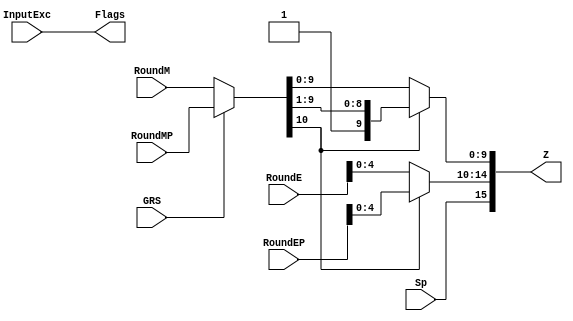
`define BFLOAT16 
`define EXPONENT 8
`define MANTISSA 7
`define EXPONENT 5
`define MANTISSA 10
`define SIGN 1
`define DWIDTH (`SIGN+`EXPONENT+`MANTISSA)
`define AWIDTH 8
`define MEM_SIZE 256
`define MAT_MUL_SIZE 20
`define MASK_WIDTH 20
`define LOG2_MAT_MUL_SIZE 4 
`define BB_MAT_MUL_SIZE `MAT_MUL_SIZE
`define NUM_CYCLES_IN_MAC 3
`define MEM_ACCESS_LATENCY 1
`define ADDR_STRIDE_WIDTH 8

module FPMult_RoundModule(
		RoundM,
		RoundMP,
		RoundE,
		RoundEP,
		Sp,
		GRS,
		InputExc,
		Z,
		Flags
    );

	// Input Ports
	input [`MANTISSA:0] RoundM ;									// Normalized mantissa
	input [`MANTISSA:0] RoundMP ;									// Normalized exponent
	input [`EXPONENT:0] RoundE ;									// Normalized mantissa + 1
	input [`EXPONENT:0] RoundEP ;									// Normalized exponent + 1
	input Sp ;												// Product sign
	input GRS ;
	input [4:0] InputExc ;
	
	// Output Ports
	output [`DWIDTH-1:0] Z ;										// Final product
	output [4:0] Flags ;
	
	// Internal Signals
	wire [`EXPONENT:0] FinalE ;									// Rounded exponent
	wire [`MANTISSA:0] FinalM;
	wire [`MANTISSA:0] PreShiftM;
	
	assign PreShiftM = GRS ? RoundMP : RoundM ;	// Round up if R and (G or S)
	
	// Post rounding normalization (potential one bit shift> use shifted mantissa if there is overflow)
	assign FinalM = (PreShiftM[`MANTISSA] ? {1'b0, PreShiftM[`MANTISSA:1]} : PreShiftM[`MANTISSA:0]) ;
	
	assign FinalE = (PreShiftM[`MANTISSA] ? RoundEP : RoundE) ; // Increment exponent if a shift was done
	
	assign Z = {Sp, FinalE[`EXPONENT-1:0], FinalM[`MANTISSA-1:0]} ;   // Putting the pieces together
	assign Flags = InputExc[4:0];

endmodule